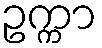
ဥက္ကာ